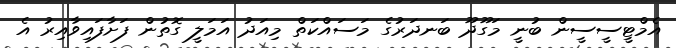
އެމްޓީސީސީން ބުނީ މަގޫދޫ ބަނދަރުގެ މަސައްކަތް މިއަދު އަމަލީ ގޮތުން ފަށާފައިވާއިރު އެ